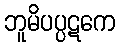
ဘူမိပပ္ပဋကေ